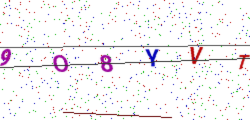
Text: 9O8YVT